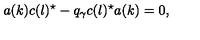
a ( k ) c ( l ) ^ { \star } - q _ { \gamma } c ( l ) ^ { \star } a ( k ) = 0 ,